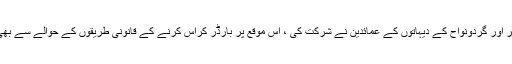
جرگے میں چمن شہر اور گردونواح کے دیہاتوں کے عمائدین نے شرکت کی ، اس موقع پر بارڈر کراس کرنے کے قانونی طریقوں کے حوالے سے بھی تبادلہ خیال کیا گیا۔